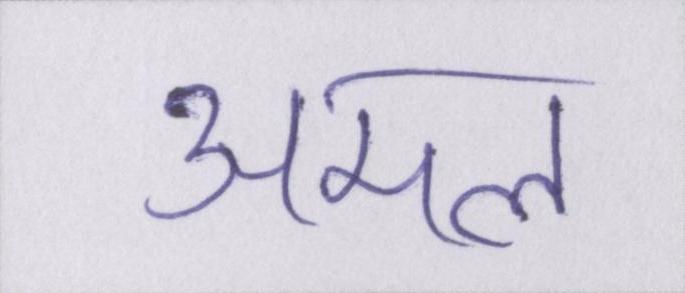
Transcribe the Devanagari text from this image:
अमल